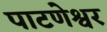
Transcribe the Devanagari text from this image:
पाटणेश्वर